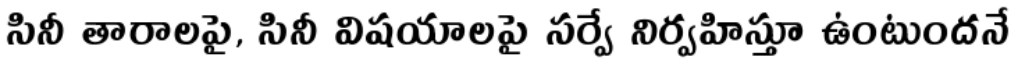
సినీ తారాలపై, సినీ విషయాలపై సర్వే నిర్వహిస్తూ ఉంటుందనే